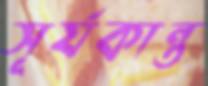
সূর্যকান্ত